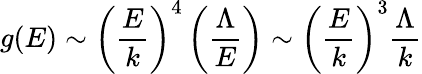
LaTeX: g(E)\sim\left({\frac{E}{k}}\right)^{4}\left({\frac{\Lambda}{E}}\right)\sim\left({\frac{E}{k}}\right)^{3}{\frac{\Lambda}{k}}